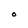
Character: O